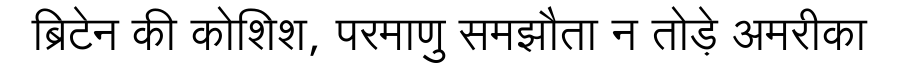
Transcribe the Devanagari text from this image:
ब्रिटेन की कोशिश, परमाणु समझौता न तोड़े अमरीका